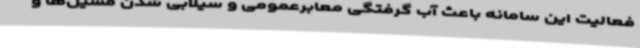
فعالیت این سامانه باعث آب گرفتگی معابرعمومی و سیلابی شدن مسیل‌ها و